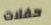
حفلات